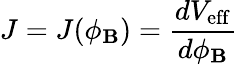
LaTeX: J=J(\phi_{\mathbf{B}})={\frac{{dV_{\mathrm{{eff}}}}}{{d\phi_{\mathbf{B}}}}}